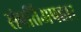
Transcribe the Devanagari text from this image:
संपतिअपहार